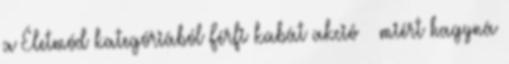
a Életmód kategóriából Férfi kabát akció – miért hagyná